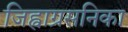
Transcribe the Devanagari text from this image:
जिह्वाग्रसनिका